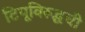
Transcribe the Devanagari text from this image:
टिपूविरूद्धची